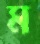
ম